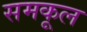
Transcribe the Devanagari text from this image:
समकूल